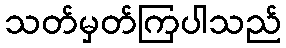
သတ်မှတ်ကြပါသည်